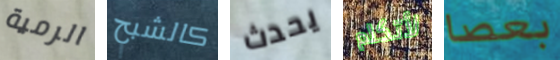
الرمية كالشبح يحدث لأتكلم بعصا